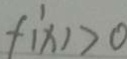
f ^ { \prime } ( x ) > 0